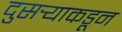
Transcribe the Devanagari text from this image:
दुसर्‍याकडून